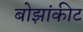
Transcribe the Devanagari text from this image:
बोझांकीट